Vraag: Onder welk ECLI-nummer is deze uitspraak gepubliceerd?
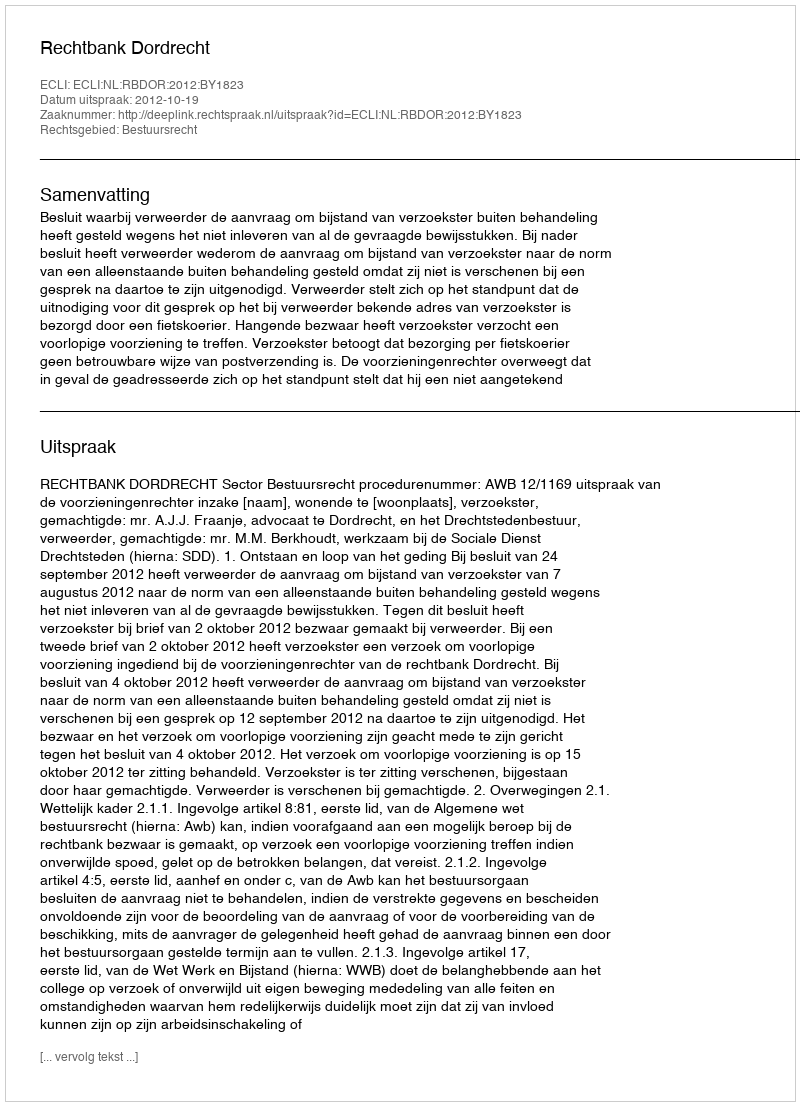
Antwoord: ECLI:NL:RBDOR:2012:BY1823